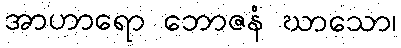
အာဟာရော ဘောဇနံ ဃာသော၊